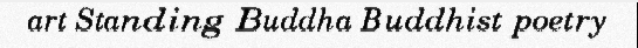
art Standing Buddha Buddhist poetry